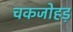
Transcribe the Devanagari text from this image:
चकजोहड़